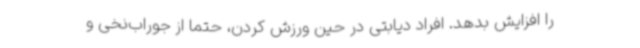
را افزایش بدهد. افراد دیابتی در حین ورزش کردن، حتما از جوراب‌نخی و